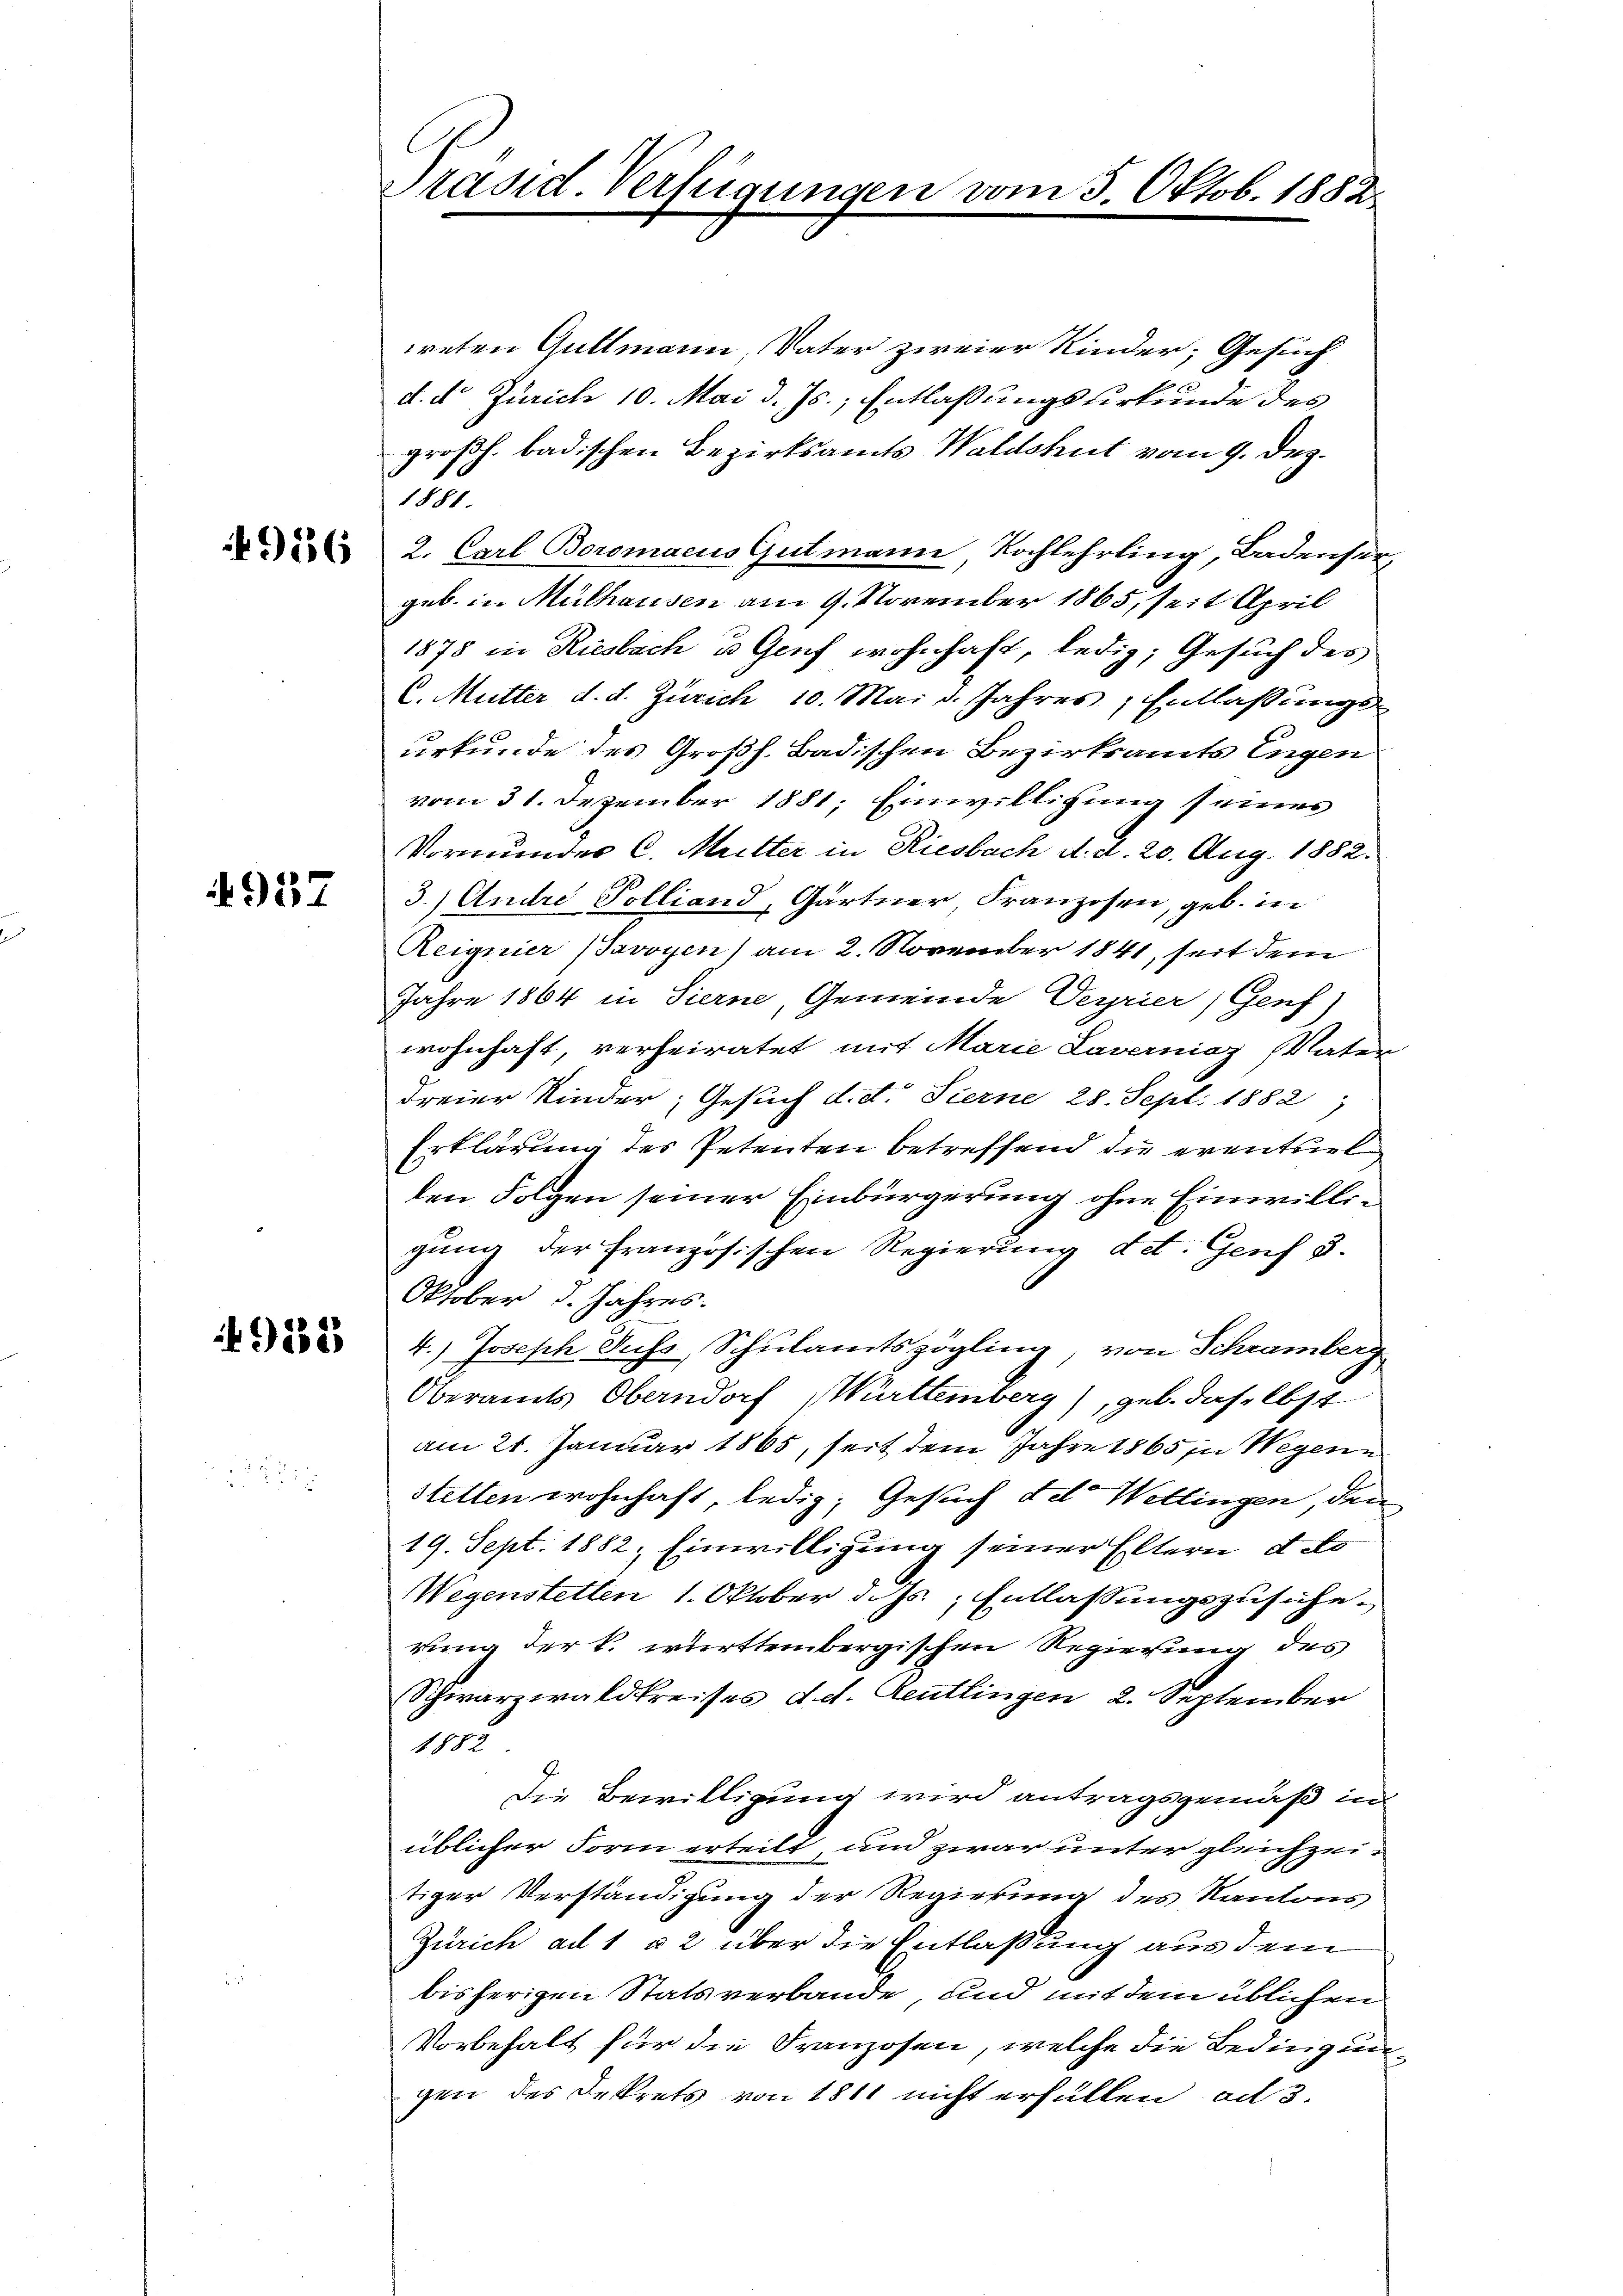
4956

4937

9182

Präsid. Verfügungen

vom 5. Oktob. 1882

ieten Guttmann, Vater zweier Kinder; Gesuch
d. d. Zürich 10. Mai d. Js., Entlaßungsurkunde des
großh. badischen Bezirksamts Waldshut vom 9. Dez.
1881.
2. Carl Boromacus Gutmann Kochlehrling, Badenser,
geb. in Mülhausen am 9. November 1865, seit April
1875 in Riesbach u Genf wohnhaft, ledig, Gesuch des
C. Mutter d. d. Zürich 10. Mai d. Jahres, Entlaßungs
urkunde des Großh. Badischen Bezirksamts Engen
vom 31. Dezember 1881; Einwilligung seiner
Vormunder C. Mutter in Riesbach d. d. 20. Aug. 1882.
3.) Andre Polliand, Gärtner Franzosen, geb. in
Reignier (Savoyen) am 2. November 1841, seit dem
Jahre 1864 in Sierne, Gemeinde Verrier, Genf)
wohnhaft, verheiratet mit Marie Laverniaz Vater
dreier Kinder, Gesuch d. d. Sterne 28. Sept. 1882)
Erklärung des Petenten betreffend die eventuel
den Folgen seiner Einbürgerung ohne Einwilligung der französischen Regierung det. Genf 3.
Oktober d. Jahres.
4.) Joseph Suss, Schulamtszögling, von Schramberg
Oberamts Oberndorf Württemberg), geb. daselbst
am 21. Januar 1865, seit dem Jahre 1865 in Wegene
stetten wohnhaft, ledig; Gesuch deto Wellingen, den
19. Sept. 1882; Einwilligung seiner Eltern deto
Wegenstetten 1. Oktober d. Js. Entlassungszusicherung der k. württembergischen Regierung des
Schwarzwaldkreises d. d. Reutlingen 2. September
1125
Die Bewilligung wird antragsgemäß in
üblicher Form erteilt, und zwar unter gleichzeitiger Verständigung der Regierung des Kantons
Zürich ad 1 § 2 über die Entlaßung aus dem
bisherigen Stats verbande, und mit dem üblichen
Vorbehalt für die Franzosen, welche die Bedingungen des Dekrets von 1811 nicht erfüllen ad 3.